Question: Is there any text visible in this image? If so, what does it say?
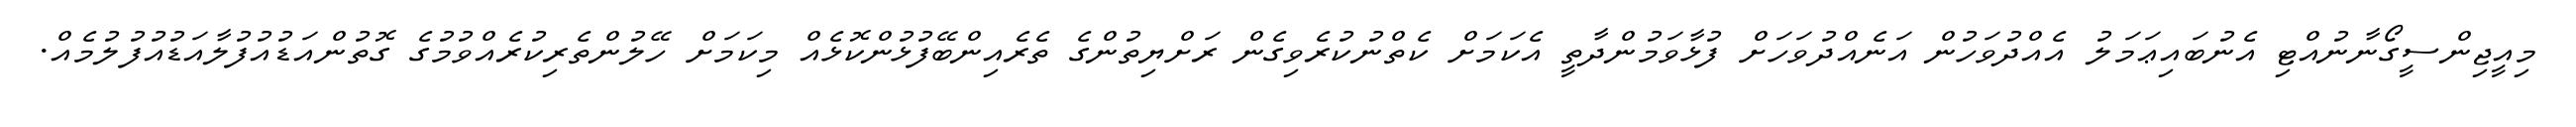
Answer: މިއީޖިންސީގޯނާނުއްޓި އެނުބައިޢަމަލު އެއްދުވަހުން އަނެއްދުވަހަށް ފުޅާވަމުންދާތީ އެކަމަށް ކެތްނުކުރެވިގެން ރަށްޔިތުންގެ ތެރެއިންބޭފުޅުންކޮޅެއް މިކަމަށް ހޭލުންތެރިކުރެއްވުމުގެ ގޮތުންއަޑުއުފުލާއަޑުއުފުލުމެއް.